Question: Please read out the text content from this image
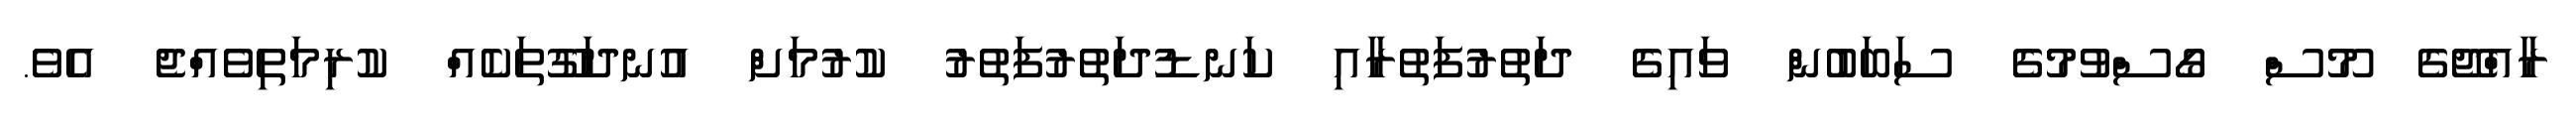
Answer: ރާއްޖޭގެ މޫސް ގޯސްވުމުގެ ސަބަބުން ވައިގެ ދަތުރުފަތުރާއި ކަނޑުދަތުރުފަތުރު ކުރުމަށް އުނދަގޫތަކެއް ކުރިމަތިވެއްޖެ އެވެ.